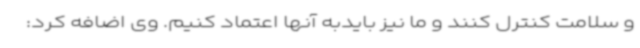
و سلامت کنترل کنند و ما نیز بایدبه آنها اعتماد کنیم. وی اضافه کرد: